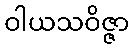
ဝါယသဝိဇ္ဇာ